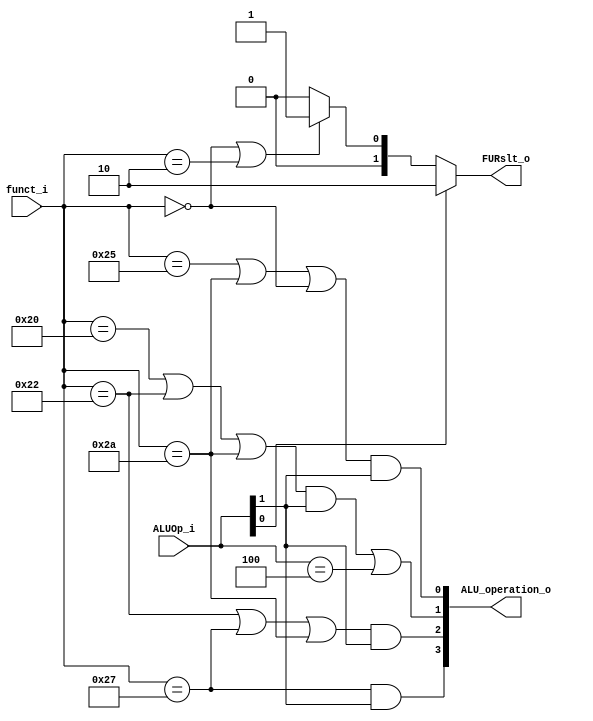
module ALU_Ctrl( funct_i, ALUOp_i, ALU_operation_o, FURslt_o );

//I/O ports 
input      [6-1:0] funct_i;
input      [3-1:0] ALUOp_i;

output     [4-1:0] ALU_operation_o;  
output     [2-1:0] FURslt_o;
     
//Internal Signals
wire		[4-1:0] ALU_operation_o;
wire		[2-1:0] FURslt_o;
wire bonous;
//Main function
/*your code here*/
assign bonous = (funct_i == 4 || funct_i == 6);
assign ALU_operation_o[0] = (funct_i == 37 || funct_i == 42 || funct_i == 0)&& ALUOp_i[1];
assign ALU_operation_o[1] = ((funct_i == 32|| funct_i == 34 || funct_i == 42 )&& ALUOp_i[1])|| ALUOp_i == 3'b100;
assign ALU_operation_o[2] = (funct_i == 34 || funct_i == 39 || funct_i == 42)&& ALUOp_i[1];
assign ALU_operation_o[3] = funct_i == 39 && ALUOp_i[1];
assign FURslt_o = (ALUOp_i[0] == 1) ? 2 :((funct_i == 0 || funct_i == 2) ? 1:0);
endmodule